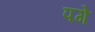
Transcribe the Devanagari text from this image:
पगे